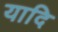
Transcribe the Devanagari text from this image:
यादि